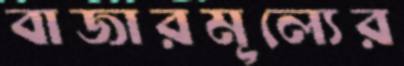
বাজারমূল্যের